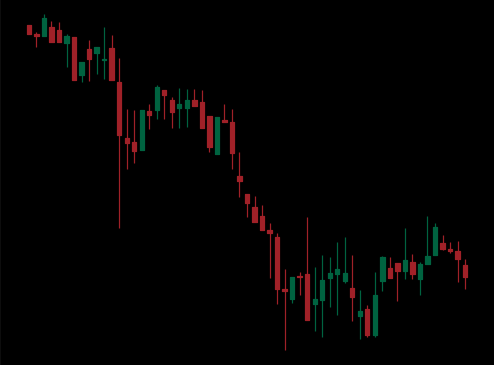
Pattern: bull_flag